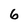
Character: 6